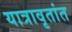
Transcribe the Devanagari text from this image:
यात्रावृतांत